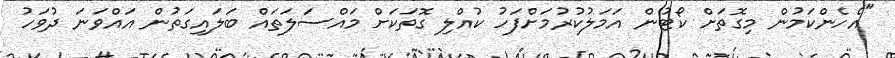
"އެހެންކަމުން މިގޮތަށް ކޯޓުން އަމަލުކުރުމަށްފަހު ކުއްލި ގޮތަކަށް މައްސަލަތައް ބަލައިގަތުން އައްވަނަ ދުވަހު